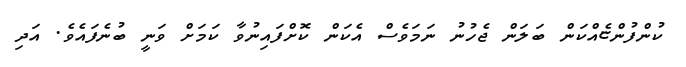
ކުންފުންޏެއްކަން ބަލަން ޖެހުނު ނަމަވެސް އެކަން ކޮށްފައިނުވާ ކަމަށް ވަނީ ބުނެފައެވެ. އަދި